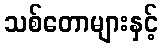
သစ်တောများနှင့်